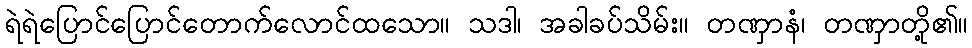
ရဲရဲပြောင်ပြောင်တောက်လောင်ထသော။ သဒါ၊ အခါခပ်သိမ်း။ တဏှာနံ၊ တဏှာတို့၏။